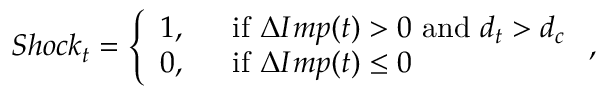
S h o c k _ { t } = \left\{ \begin{array} { l l } { 1 , } & { ~ ~ { \mathrm { i f } } ~ \Delta I m p ( t ) > 0 ~ { \mathrm { a n d } } ~ d _ { t } > d _ { c } } \\ { 0 , } & { ~ ~ { \mathrm { i f } } ~ \Delta I m p ( t ) \le 0 } \end{array} \right. ,